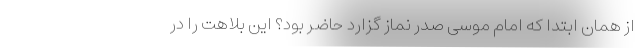
از همان ابتدا که امام موسی صدر نماز گزارد حاضر بود؟ این بلاهت را در